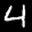
Label: 4